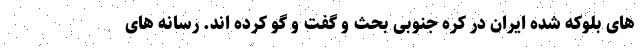
های بلوکه شده ایران در کره جنوبی بحث و گفت و گو کرده اند. رسانه های